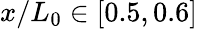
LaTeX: x/L_{0}\in[0.5,0.6]